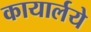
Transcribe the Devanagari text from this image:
कायार्लये